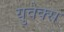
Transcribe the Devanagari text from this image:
युवेक्स